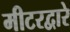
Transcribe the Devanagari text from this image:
मीटरद्वारे